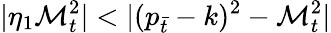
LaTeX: |\eta_{1}\mathcal{M}_{t}^{2}|<|(p_{\bar{{t}}}-k)^{2}-\mathcal{M}_{t}^{2}|